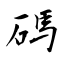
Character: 碼